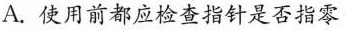
A.使用前都应检查指针是否指零